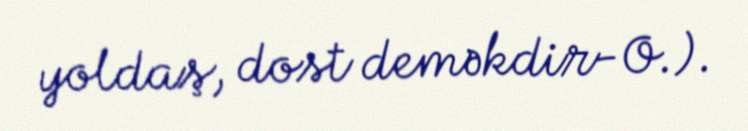
yoldaş, dost deməkdir-O.).